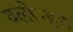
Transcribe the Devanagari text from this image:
वलीपट्टण